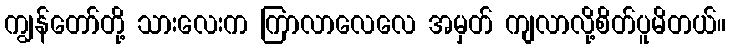
ကျွန်တော်တို့ သားလေးက ကြာလာလေလေ အမှတ် ကျလာလို့စိတ်ပူမိတယ်။